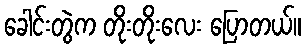
ခေါင်းတွဲက တိုးတိုးလေး ပြောတယ်။